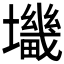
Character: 𰋀